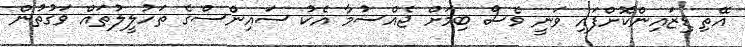
އޭތި ޑިޒައިންކޮށްފައި ވަނީ ވެސް ބިމަށް ޖެއްސުމާ އެކު ސައިންސްގެ ތަހުލީލުތައް ވަގުތުން